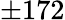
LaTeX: \pm 172